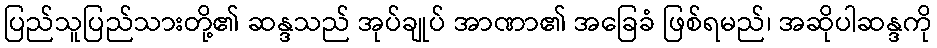
ပြည်သူပြည်သားတို့၏ ဆန္ဒသည် အုပ်ချုပ် အာဏာ၏ အခြေခံ ဖြစ်ရမည်၊ အဆိုပါဆန္ဒကို